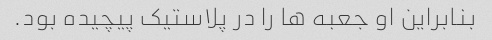
بنابراین او جعبه ها را در پلاستیک پیچیده بود.